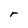
Character: r